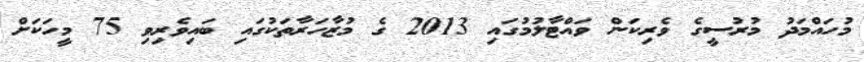
މުހައްމަދު މުރުސީގެ ވެރިކަން ވައްޓާލުމުގައި 2013 ގެ މުޒާހަރާތަކުގައި ބައިވެރިވި 75 މީހަކަށް